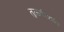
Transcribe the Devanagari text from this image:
तुळशीपाशी